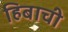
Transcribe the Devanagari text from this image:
हिबाची